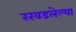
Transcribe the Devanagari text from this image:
रखडलेल्या